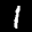
Label: 1